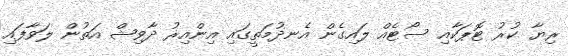
ރިޔާ ކުރު ޓޮޕަކާއި ސޯޓެއް ލައިގެން އެނދުމަތީގައި އިންއިރު ދާވިޝް އަތުން ލަވާފައި